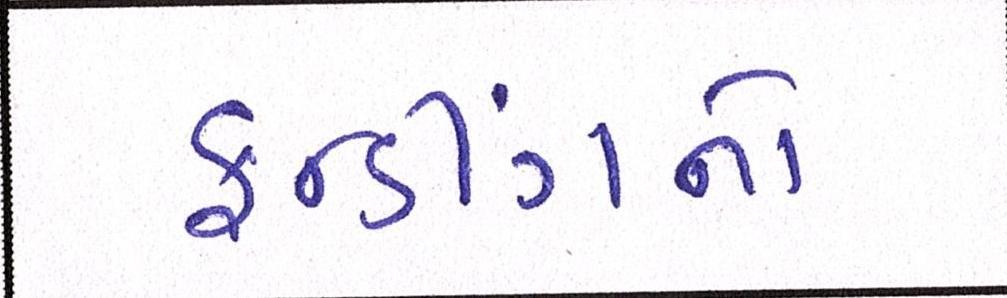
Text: ફન્ડીંગનો